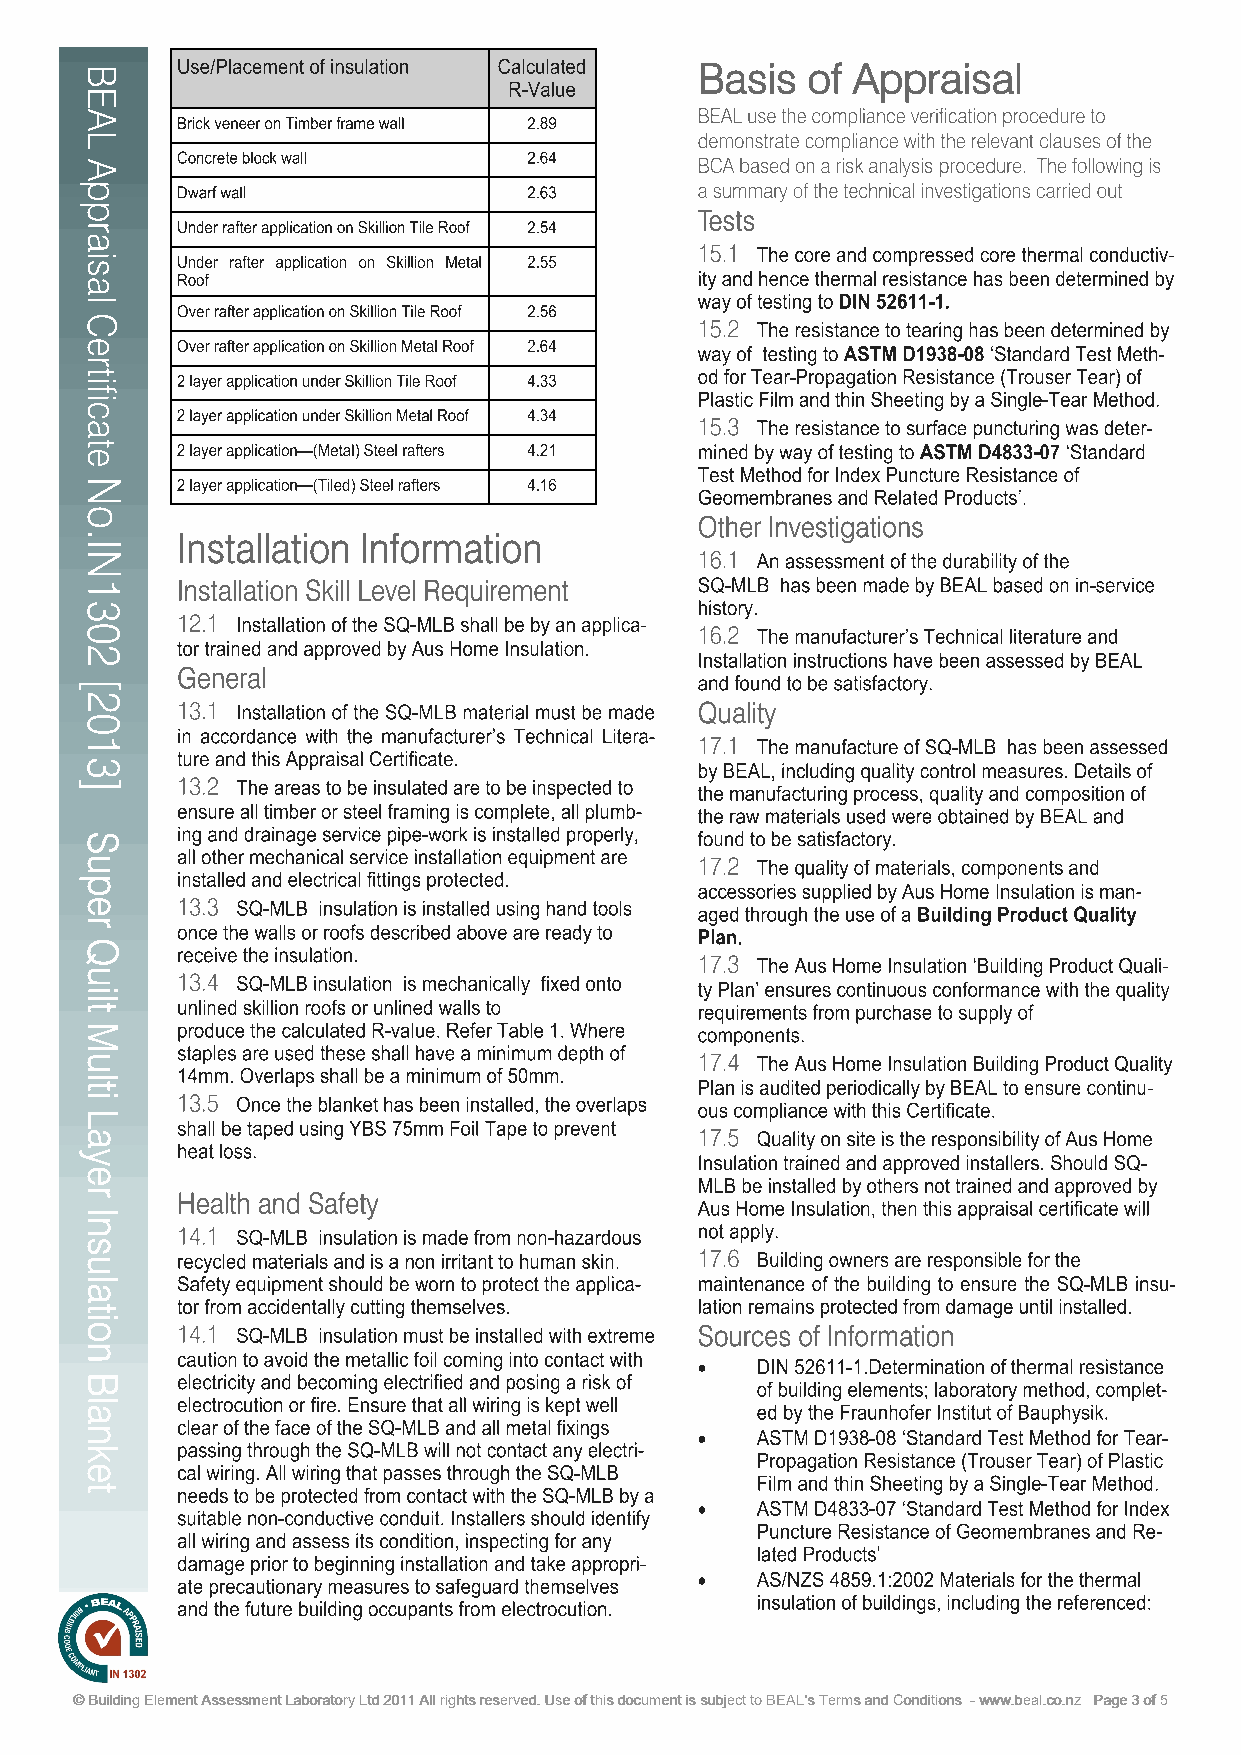
Basis  of Appraisal
 ©© BBuuiillddiinngg EElleemmeenntt AAsssseessssmmeenntt LLaabboorraattoorryy LLttdd 22001111 AAllll rriigghhttss rreesseerrvveedd.. UUssee ooff tthhiiss ddooccuummeenntt iiss ssuubbjjeecctt ttoo BBEEAALL’’ss TTeerrmmss aanndd CCoonnddiittiioonnss -- wwwwww..bbeeaall..ccoo..nnzz PPaaggee 33 ooff 55